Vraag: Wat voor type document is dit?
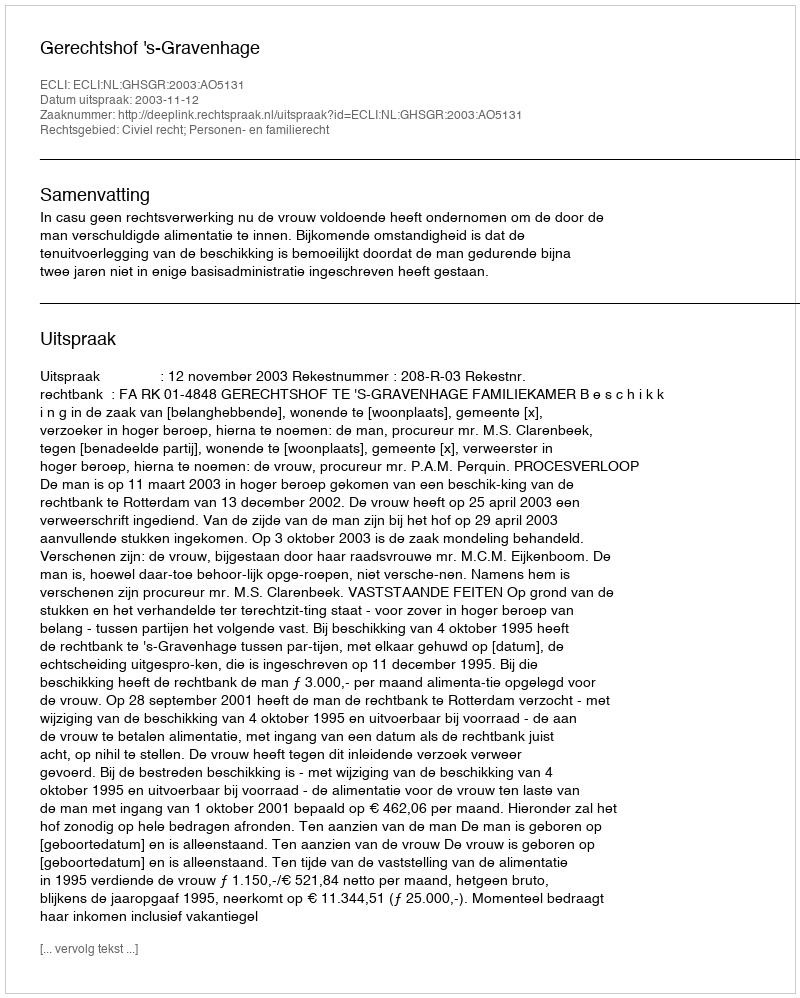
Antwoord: Uitspraak